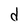
Character: d